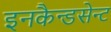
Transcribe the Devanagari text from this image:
इनकैन्डसेन्ट